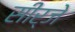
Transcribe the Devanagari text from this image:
सीर्जे